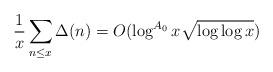
LaTeX: \begin{align*}\frac{1}{x}\sum_{n \le x} \Delta(n) = O(\log^{A_0}x\sqrt{\log \log x})\end{align*}